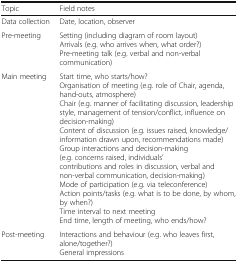
<table><thead><tr><td><b>Topic</b></td><td><b>Field notes</b></td></tr></thead><tbody><tr><td>Data collection</td><td>Date, location, observer</td></tr><tr><td>Pre-meeting</td><td>Setting (including diagram of room layout) Arrivals (e.g. who arrives when, what order?) Pre-meeting talk (e.g. verbal and non-verbal communication)</td></tr><tr><td>Main meeting</td><td>Start time, who starts/how? Organisation of meeting (e.g. role of Chair, agenda, hand-outs, atmosphere) Chair (e.g. manner of facilitating discussion, leadership style, management of tension/conflict, influence on decision-making) Content of discussion (e.g. issues raised, knowledge/information drawn upon, recommendations made) Group interactions and decision-making (e.g. concerns raised, individuals’ contributions and roles in discussion, verbal and non-verbal communication, decision-making) Mode of participation (e.g. via teleconference) Action points/tasks (e.g. what is to be done, by whom, by when?) Time interval to next meeting End time, length of meeting, who ends/how?</td></tr><tr><td>Post-meeting</td><td>Interactions and behaviour (e.g. who leaves first, alone/together?) General impressions</td></tr></tbody></table>